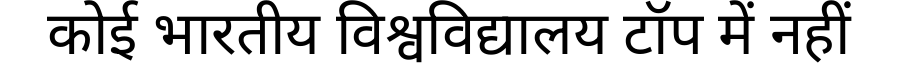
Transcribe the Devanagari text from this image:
कोई भारतीय विश्वविद्यालय टॉप में नहीं